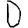
Digit: 0